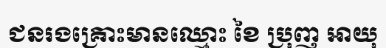
ជនរងគ្រោះមានឈ្មោះ ខៃ ប្រុញ អាយុ